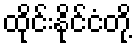
ထိုင်းနိုင်ငံတို့